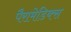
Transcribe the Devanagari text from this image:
पैरामेडिक्स